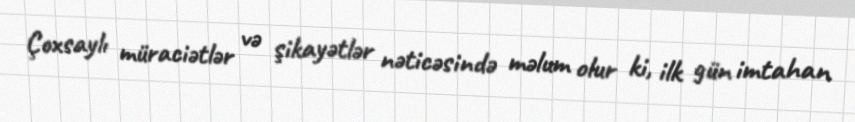
Çoxsaylı müraciətlər və şikayətlər nəticəsində məlum olur ki, ilk gün imtahan